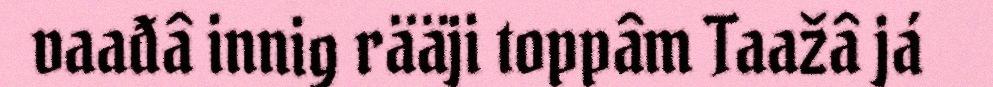
vaađâ innig rääji toppâm Taažâ já